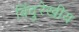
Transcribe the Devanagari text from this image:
बिंदुरेखीय